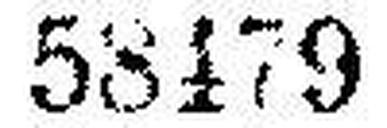
58479